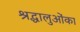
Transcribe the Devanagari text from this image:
श्रद्धालुओंका